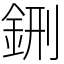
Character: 鉶